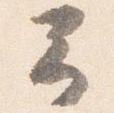
予